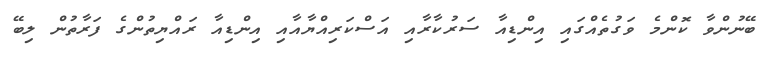
ބޭނުންވާ ކޮންމެ ވަގުތެއްގައި އިންޑިއާ ސަރުކާރާއި އަސްކަރިއްޔާއާއި އިންޑިއާ ރައްޔިތުންގެ ފަރާތުން ލިބޭ